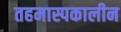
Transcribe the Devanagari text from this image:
तहमास्पकालीन